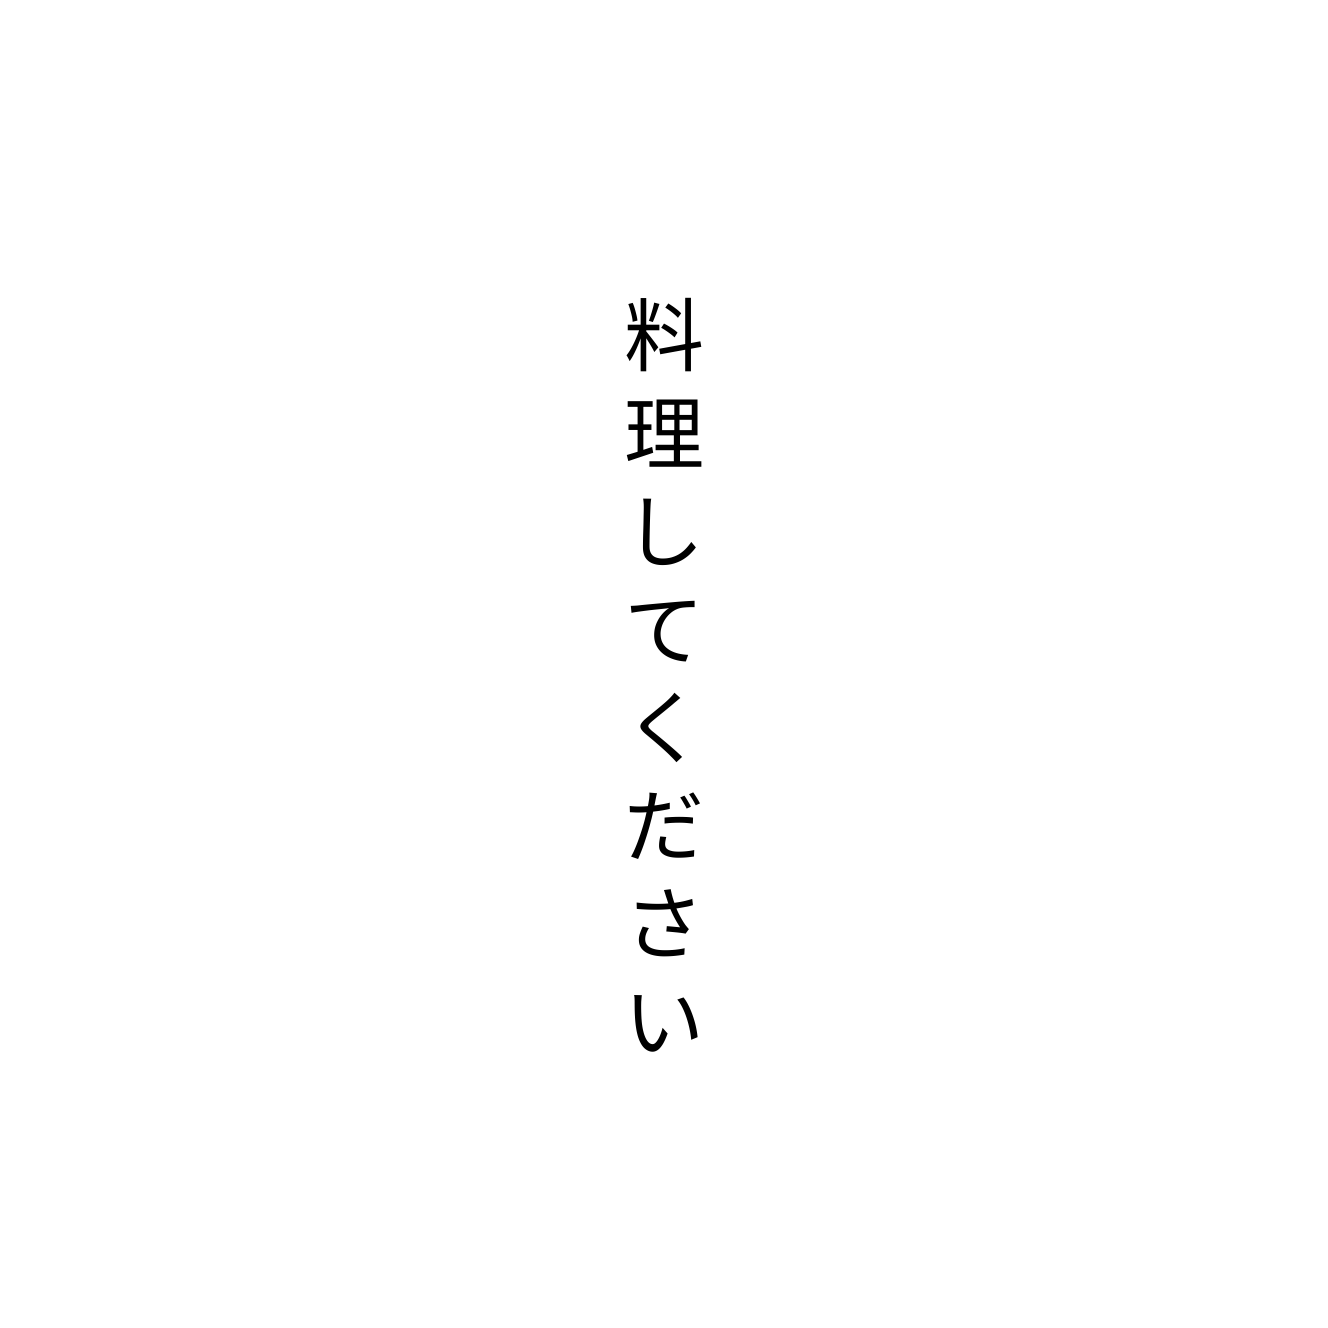
料理してください